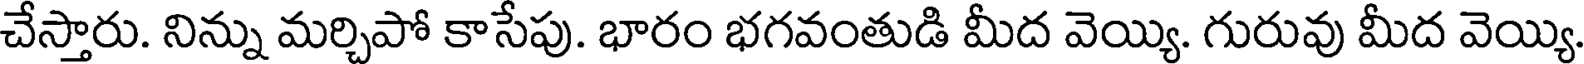
చేస్తారు. నిన్ను మర్చిపో కాసేపు. భారం భగవంతుడి మీద వెయ్యి. గురువు మీద వెయ్యి